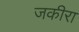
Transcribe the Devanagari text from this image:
जकीरा